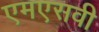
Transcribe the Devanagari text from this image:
एमएसवी